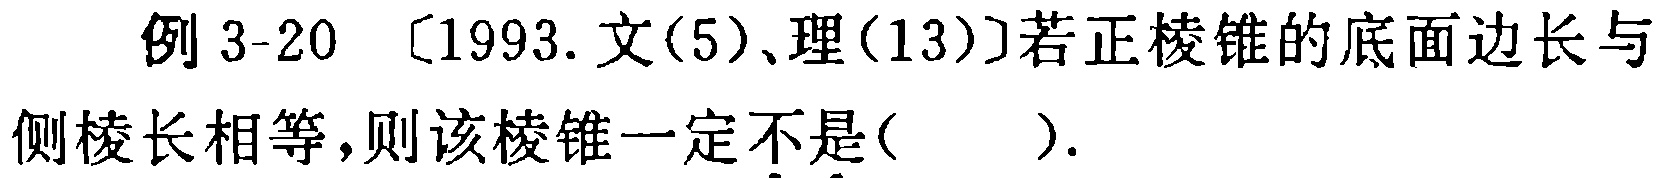
例 3-20 〔1993.文(5)、理(13)〕若正棱锥的底面边长与侧棱长相等，则该棱锥一定不是( )．